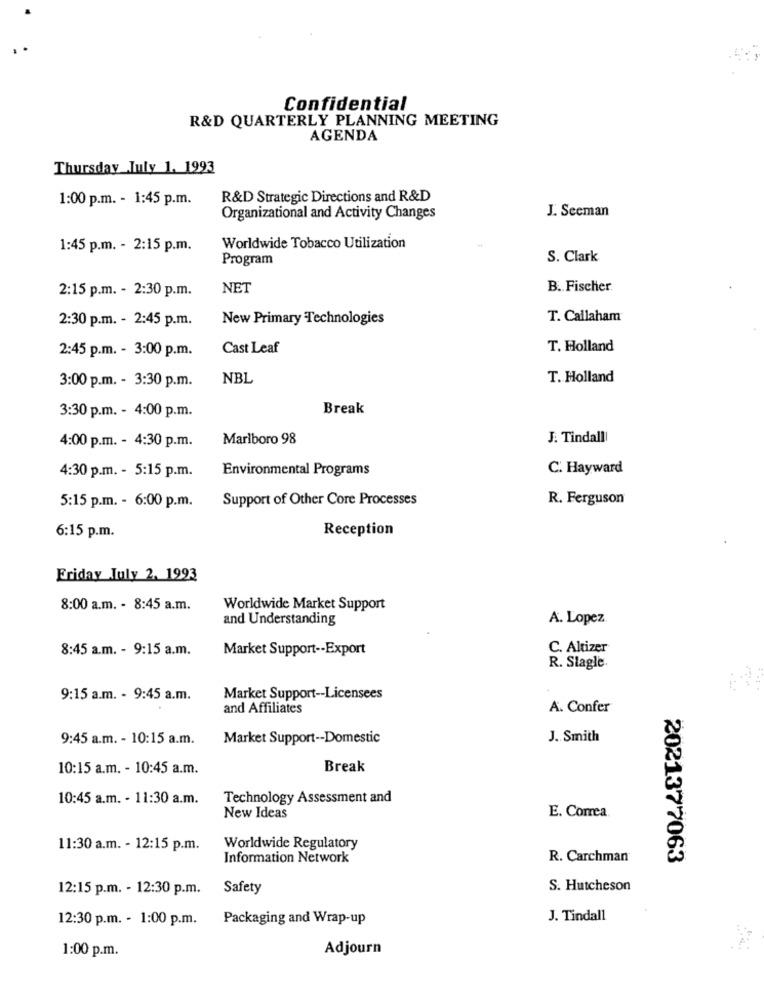
Confidential
R&D QUARTERLY PLANNING MEETING
AGENDA
Thursday July 1. 1993
1:00 p.m. - 1:45 p.m.
R&D Strategic Directions and R&D
J. Secman
Organizational and Activity Changes
1:45 p.m. - 2:15 p.m.
Worldwide Tobacco Utilization
Program
S. Clark
2:15 p.m. - 2:30 p.m.
NET
B .. Fischer
New Primary Technologies
T. Callaham
2:30 p.m. - 2:45 p.m.
Cast Leaf
T. Holland
2:45 p.m. - 3:00 p.m.
NBL
T. Holland
3:00 p.m. - 3:30 p.m.
Break
3:30 p.m. - 4:00 p.m.
Marlboro 98
J. Tindall
4:00 p.m. - 4:30 p.m.
4:30 p.m. - 5:15 p.m.
Environmental Programs
C. Hayward
Support of Other Core Processes
R. Ferguson
5:15 p.m. - 6:00 p.m.
Reception
6:15 p.m.
Friday July 2. 1993
8:00 a.m. - 8:45 a.m.
Worldwide Market Support
and Understanding
A. Lopez
8:45 a.m. - 9:15 a.m.
Market Support -- Export
C. Altizer
R. Slagle.
9:15 a.m. - 9:45 a.m.
Market Support -- Licensees
and Affiliates
A. Confer
9:45 a.m. - 10:15 a.m.
Market Support -- Domestic
J. Smith
10:15 a.m. - 10:45 a.m.
Break
10:45 a.m. - 11:30 a.m.
Technology Assessment and
E. Correa
New Ideas
11:30 a.m. - 12:15 p.m.
Worldwide Regulatory
Information Network
R. Carchman
2021377063
12:15 p.m. - 12:30 p.m. Safety
S. Hutcheson
12:30 p.m. - 1:00 p.m. Packaging and Wrap-up
J. Tindall
1:00 p.m.
Adjourn